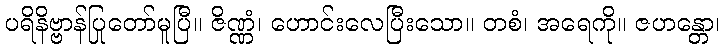
ပရိနိဗ္ဗာန်ပြုတော်မူပြီ။ ဇိဏ္ဏံ၊ ဟောင်းလေပြီးသော။ တစံ၊ အရေကို။ ဇဟန္တော၊